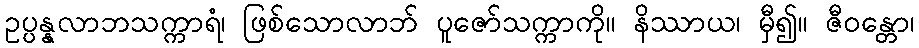
ဥပ္ပန္နလာဘသက္ကာရံ၊ ဖြစ်သောလာဘ် ပူဇော်သက္ကာကို။ နိဿာယ၊ မှီ၍။ ဇီဝန္တော၊